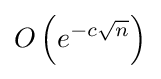
O\left(e^{-c{\sqrt {n}}}\right)